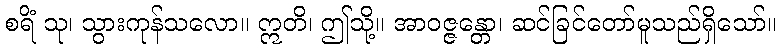
စရိံ သု၊ သွားကုန်သလော။ ဣတိ၊ ဤသို့။ အာဝဇ္ဇန္တော၊ ဆင်ခြင်တော်မူသည်ရှိသော်။